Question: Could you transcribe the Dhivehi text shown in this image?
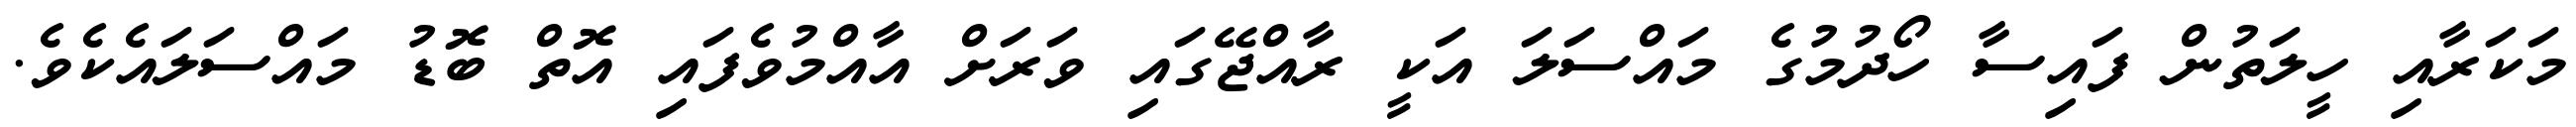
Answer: މަކަރާއި ހީލަތުން ފައިސާ ހޯދުމުގެ މައްސަލަ އަކީ ރާއްޖޭގައި ވަރަށް އާއްމުވެފައި އޮތް ބޮޑު މައްސަލައެކެވެ.